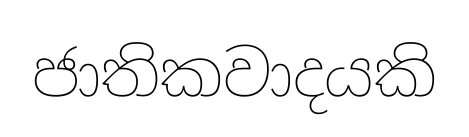
ජාතිකවාදයකි